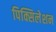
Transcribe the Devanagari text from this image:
पिक्सिलेशन